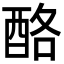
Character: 酪